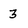
Character: 3